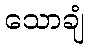
သောချံ